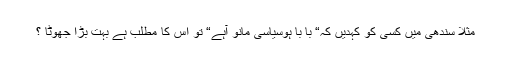
مثلاً سندھی میں کسی کو کہدیں کہ“ با با ہوسیاسی مانو آہے“ تو اس کا مطلب ہے بہت بڑا جھوٹا ؟